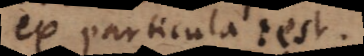
ex particula: est.